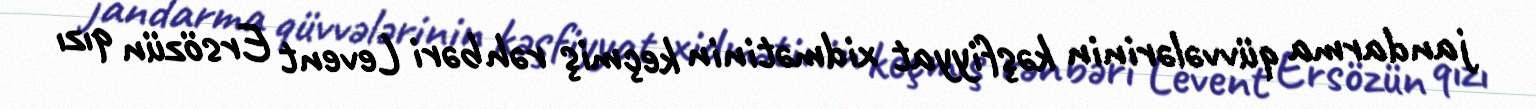
jandarma qüvvələrinin kəşfiyyat xidmətinin keçmiş rəhbəri Levent Ersözün qızı